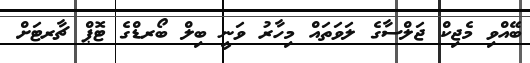
ބޭއްވި މެޖިކް ޖަލްސާގެ ލަވަތައް މިހާރު ވަނީ ބިލް ބޯރޑްގެ ޓޮޕް ޗާރޓަށް